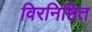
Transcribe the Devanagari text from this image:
विरनिष्ठित